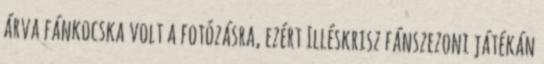
árva fánkocska volt a fotózásra, ezért Illéskrisz fánszezoni játékán